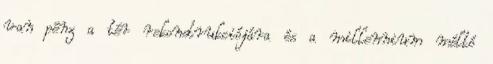
van pénz a tér rekonstrukciójára és a millennium méltó